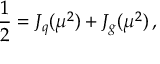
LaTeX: \frac { 1 } { 2 } = J _ { q } ( \mu ^ { 2 } ) + J _ { g } ( \mu ^ { 2 } ) \, ,